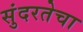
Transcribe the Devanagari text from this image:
सुंदरतेचा